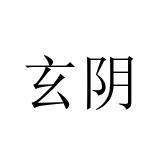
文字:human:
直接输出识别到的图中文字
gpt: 玄阴